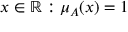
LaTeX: x \in \mathbb { R } : \mu _ { A } ( x ) = 1